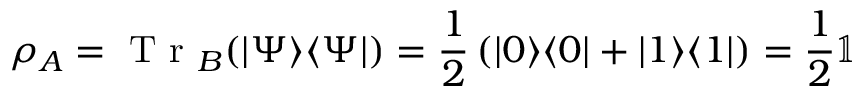
\rho _ { A } = \mathrm { ~ T ~ r ~ } _ { B } ( | \Psi \rangle \langle \Psi | ) = \frac 1 2 \left( | 0 \rangle \langle 0 | + | 1 \rangle \langle 1 | \right) = \frac 1 2 \mathbb { 1 }